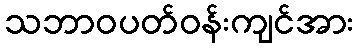
သဘာဝပတ်ဝန်းကျင်အား